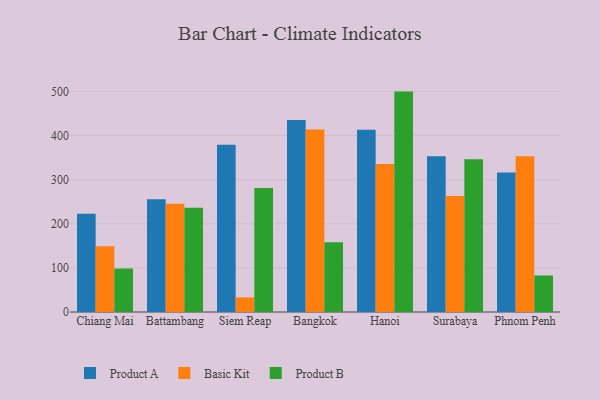
{"axis": {"x": "City", "y": "Bounce Rate (%)"}, "legend": ["Basic Kit", "Product A", "Product B"], "data": [{"x": "Chiang Mai", "y": 222.8, "type": "Product A"}, {"x": "Chiang Mai", "y": 149.1, "type": "Basic Kit"}, {"x": "Chiang Mai", "y": 98.6, "type": "Product B"}, {"x": "Battambang", "y": 255.6, "type": "Product A"}, {"x": "Battambang", "y": 245.5, "type": "Basic Kit"}, {"x": "Battambang", "y": 236.7, "type": "Product B"}, {"x": "Siem Reap", "y": 379.2, "type": "Product A"}, {"x": "Siem Reap", "y": 33.1, "type": "Basic Kit"}, {"x": "Siem Reap", "y": 281.2, "type": "Product B"}, {"x": "Bangkok", "y": 435.6, "type": "Product A"}, {"x": "Bangkok", "y": 414.2, "type": "Basic Kit"}, {"x": "Bangkok", "y": 158.3, "type": "Product B"}, {"x": "Hanoi", "y": 413.5, "type": "Product A"}, {"x": "Hanoi", "y": 335.8, "type": "Basic Kit"}, {"x": "Hanoi", "y": 499.9, "type": "Product B"}, {"x": "Surabaya", "y": 353.4, "type": "Product A"}, {"x": "Surabaya", "y": 263.1, "type": "Basic Kit"}, {"x": "Surabaya", "y": 346.3, "type": "Product B"}, {"x": "Phnom Penh", "y": 316.2, "type": "Product A"}, {"x": "Phnom Penh", "y": 353.0, "type": "Basic Kit"}, {"x": "Phnom Penh", "y": 82.8, "type": "Product B"}]}